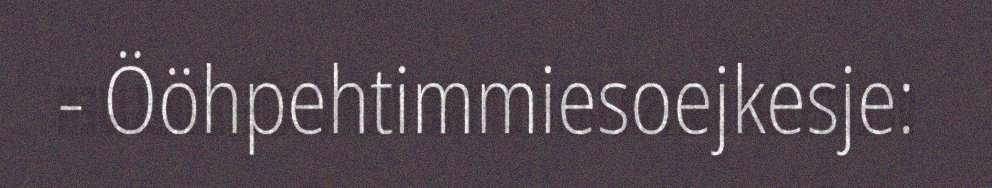
- Ööhpehtimmiesoejkesje: